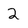
Character: 2